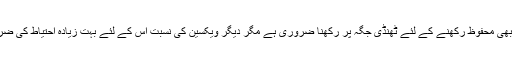
گوکہ اس ویکسین کو بھی محفوظ رکھنے کے لئے ٹھنڈی جگہ پر رکھنا ضروری ہے مگر دیگر ویکسین کی نسبت اس کے لئے بہت زیادہ احتیاط کی ضرورت بھی نہیں ہوتی۔